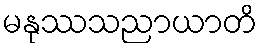
မနုဿသညာယာတိ